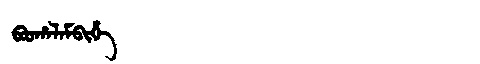
Manchu: ᠪᠣᠣᡥᠠᠯᠠᠮᠪᡳᡥᡝ
Romanization: BOOHALAMBIHE